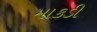
માકડી